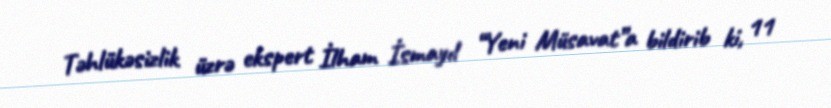
Təhlükəsizlik üzrə ekspert İlham İsmayıl “Yeni Müsavat”a bildirib ki, 11